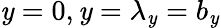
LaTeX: \mathit{y}=0,\mathit{y}=\lambda_{\mathit{y}}=b_{\mathit{y}}